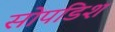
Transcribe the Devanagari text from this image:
सोपडिश